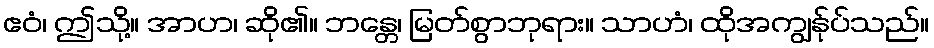
ဧဝံ၊ ဤသို့။ အာဟ၊ ဆို၏။ ဘန္တေ၊ မြတ်စွာဘုရား။ သာဟံ၊ ထိုအကျွန်ုပ်သည်။